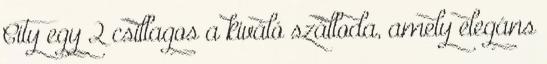
City egy 2 csillagos a kiváló szálloda, amely elegáns